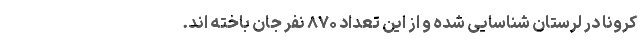
کرونا در لرستان شناسایی شده و از این تعداد ۸۷۰ نفر جان باخته اند.